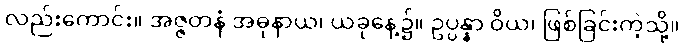
လည်းကောင်း။ အဇ္ဇတနံ အဓုနာယ၊ ယခုနေ့၌။ ဥပ္ပန္နာ ဝိယ၊ ဖြစ်ခြင်းကဲ့သို့။